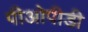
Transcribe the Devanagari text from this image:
पीओपीडी